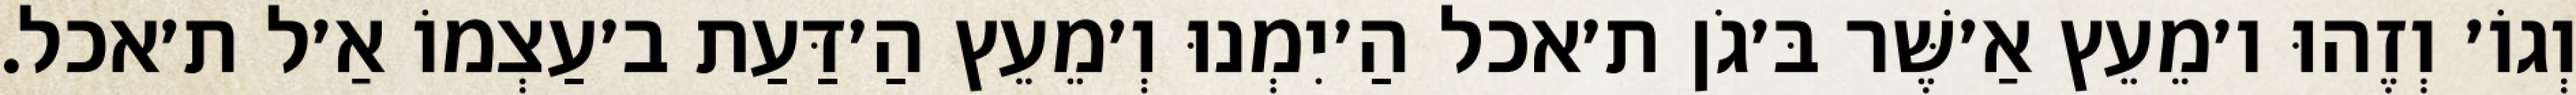
וְגוֹ׳ וְזֶהוּ ו׳מֵעֵץ אַ׳שֶּׁר בּ׳גֹן ת׳אכל הַ׳יִמְנוּ וְ׳מֵעֵץ הַ׳דַּעַת ב׳עַצְמוֹ אַ׳ל ת׳אכל.